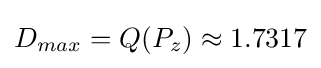
D_{max}=Q(P_{z})\approx 1.7317